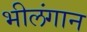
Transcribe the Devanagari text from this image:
भीलंगान